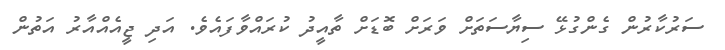
ސަރުކާރުން ގެންގުޅޭ ސިޔާސަތަށް ވަރަށް ބޮޑަށް ތާއީދު ކުރައްވާފައެވެ. އަދި ޖީއެއްއާރު އަތުން